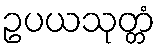
ဥပယသုတ္တံ